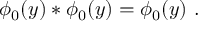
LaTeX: \phi _ { 0 } ( y ) * \phi _ { 0 } ( y ) = \phi _ { 0 } ( y ) \, \, .